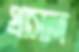
প্রাসাদ